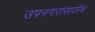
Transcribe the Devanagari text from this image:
उपनगरांसाठीच